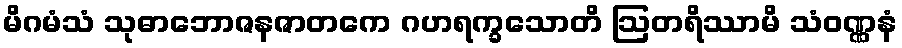
မိဂမံသံ သုဓာဘောဇနဇာတကေ ဂဟရက္ခသောတိ ဩတရိဿာမိ သံဝဏ္ဏနံ